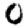
Digit: 0